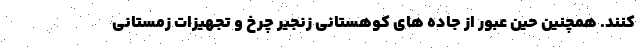
کنند. همچنین حین عبور از جاده های کوهستانی زنجیر چرخ و تجهیزات زمستانی